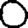
Digit: 0